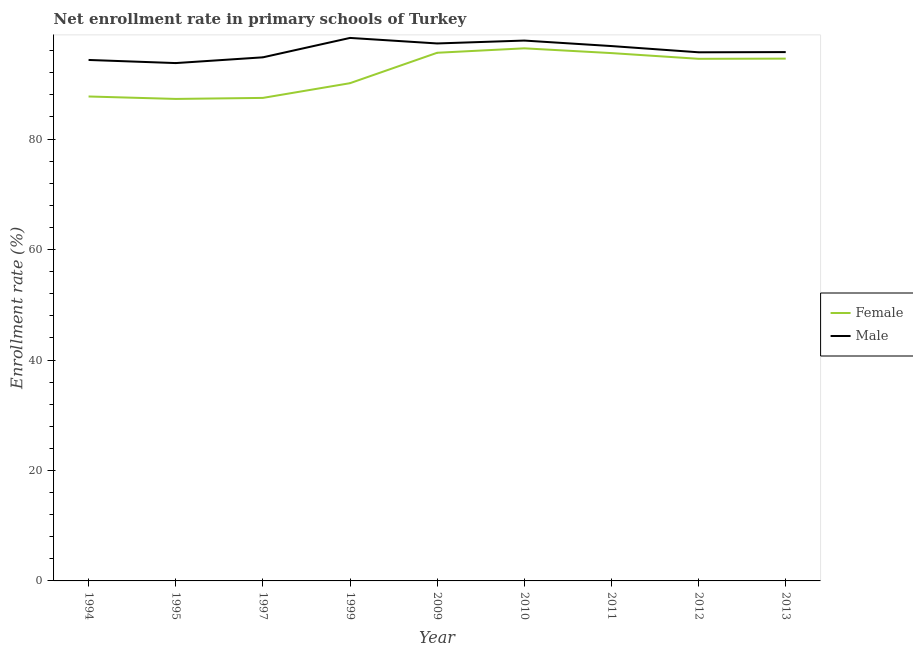
| Year | Female | Male |
 | --- | --- | --- |
 | 1994 | 87.7 | 94.3 |
 | 1995 | 87.3 | 93.8 |
 | 1997 | 87.5 | 94.8 |
 | 1999 | 90.1 | 98.3 |
 | 2009 | 95.6 | 97.3 |
 | 2010 | 96.4 | 97.8 |
 | 2011 | 95.6 | 96.8 |
 | 2012 | 94.5 | 95.7 |
 | 2013 | 94.6 | 95.7 |